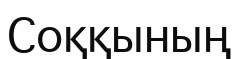
Соққының